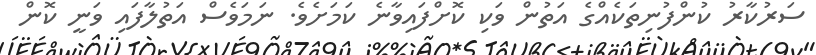
ސަރުކާރު ކުންފުނިތަކެއްގެ އަތުން ވަކި ކޮށްފައިވާނެ ކަމަށެވެ. ނަމަވެސް އަތުލާފައި ވަނީ ކޮން